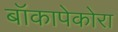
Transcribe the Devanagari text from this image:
बॉकापेकोरा